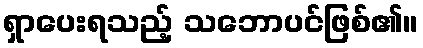
ရှာပေးရသည့် သဘောပင်ဖြစ်၏။